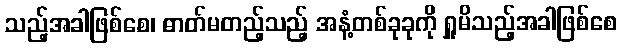
သည့်အခါဖြစ်စေ၊ ဓာတ်မတည့်သည့် အနံ့တစ်ခုခုကို ရှူမိသည့်အခါဖြစ်စေ